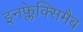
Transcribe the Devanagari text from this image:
इनफ्लेक्सिमैब